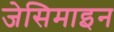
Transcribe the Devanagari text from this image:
जेसिमाइन